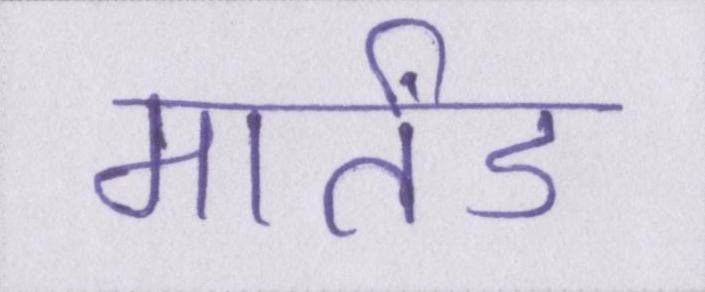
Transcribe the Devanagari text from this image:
मार्तंड